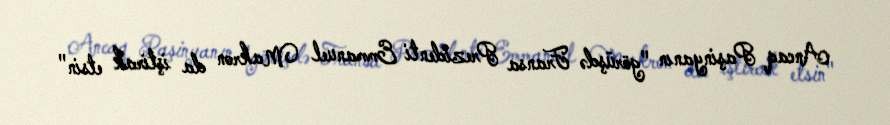
Ancaq Paşinyanın "görüşdə Fransa Prezidenti Emmanuel Makron da iştirak etsin"